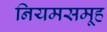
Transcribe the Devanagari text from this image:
नियमसमूह